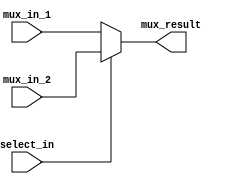
module MUX2 #(parameter data_width = 32) ( 
    input [data_width - 1 : 0] mux_in_1, 
	input [data_width - 1 : 0] mux_in_2,
    input select_in,
       	output [data_width - 1: 0] mux_result);
    
    assign mux_result = select_in == 0 ? mux_in_1 : mux_in_2;

endmodule

module MUX4 #(parameter data_width = 32) (
    input [data_width - 1 : 0] mux_in_1,
    input [data_width - 1 : 0] mux_in_2,
    input [data_width - 1 : 0] mux_in_3,
    input [data_width - 1 : 0] mux_in_4,
    input [1:0] select_in,
        output [data_width - 1 : 0] mux_result);

    assign mux_result = select_in[1] ? (select_in[0] ? mux_in_4 : mux_in_3) : (select_in[0] ? mux_in_2 : mux_in_1);

endmodule